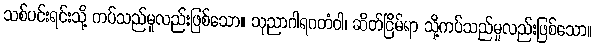
သစ်ပင်းရင်းသို့ ကပ်သည်မူလည်းဖြစ်သော။ သုညာဂါရဂတံဝါ၊ ဆိတ်ငြိမ်ရာ သို့ကပ်သည်မူလည်းဖြစ်သော။